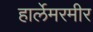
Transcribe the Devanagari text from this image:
हार्लेमरमीर